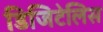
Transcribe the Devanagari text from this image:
डिजिटेलिस